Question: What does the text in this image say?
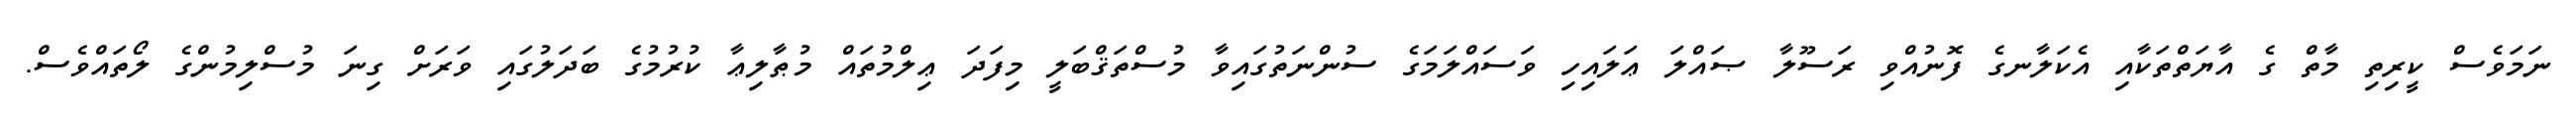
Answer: ނަމަވެސް ކީރިތި މާތް ގެ އާޔަތްތަކާއި އެކަލާނގެ ފޮނުއްވި ރަސޫލާ ޞައްލަ ޢަލައިހި ވަސައްލަމަގެ ސުންނަތުގައިވާ މުސްތަޤްބަލީ މިފަދަ ޢިލްމުތައް މުޠާލިޢާ ކުރުމުގެ ބަދަލުގައި ވަރަށް ގިނަ މުސްލިމުންގެ ލޯތައްވެސް.